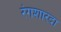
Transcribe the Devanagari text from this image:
रंगशारदा